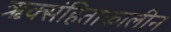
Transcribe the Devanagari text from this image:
ऋक्संहिताकालीन